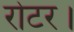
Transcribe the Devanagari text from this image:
रोटर।